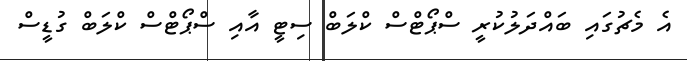
އެ މެޗުގައި ބައްދަލުކުރީ ސްޕޯޓްސް ކްލަބް ސިޓީ އާއި ސްޕޯޓްސް ކްލަބް ގުޑީސް